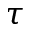
\tau